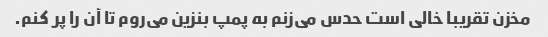
مخزن تقریبا خالی است حدس می‌زنم به پمپ بنزین می‌روم تا آن را پر کنم.